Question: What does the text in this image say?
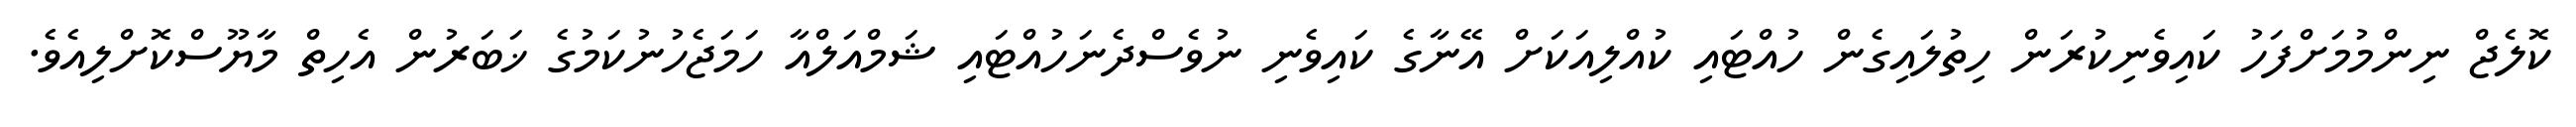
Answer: ކޮލެޖް ނިންމުމަށްފަހު ކައިވެނިކުރަން ހިތުލައިގެން ހުއްޓައި ކުއްލިއަކަށް އޭނާގެ ކައިވެނި ނުވެސްދެނަހުއްޓައި ޝަމްއަލްއާ ހަމަޖެހުނުކަމުގެ ޚަބަރުން އެހިތް މާޔޫސްކޮށްލިއެވެ.